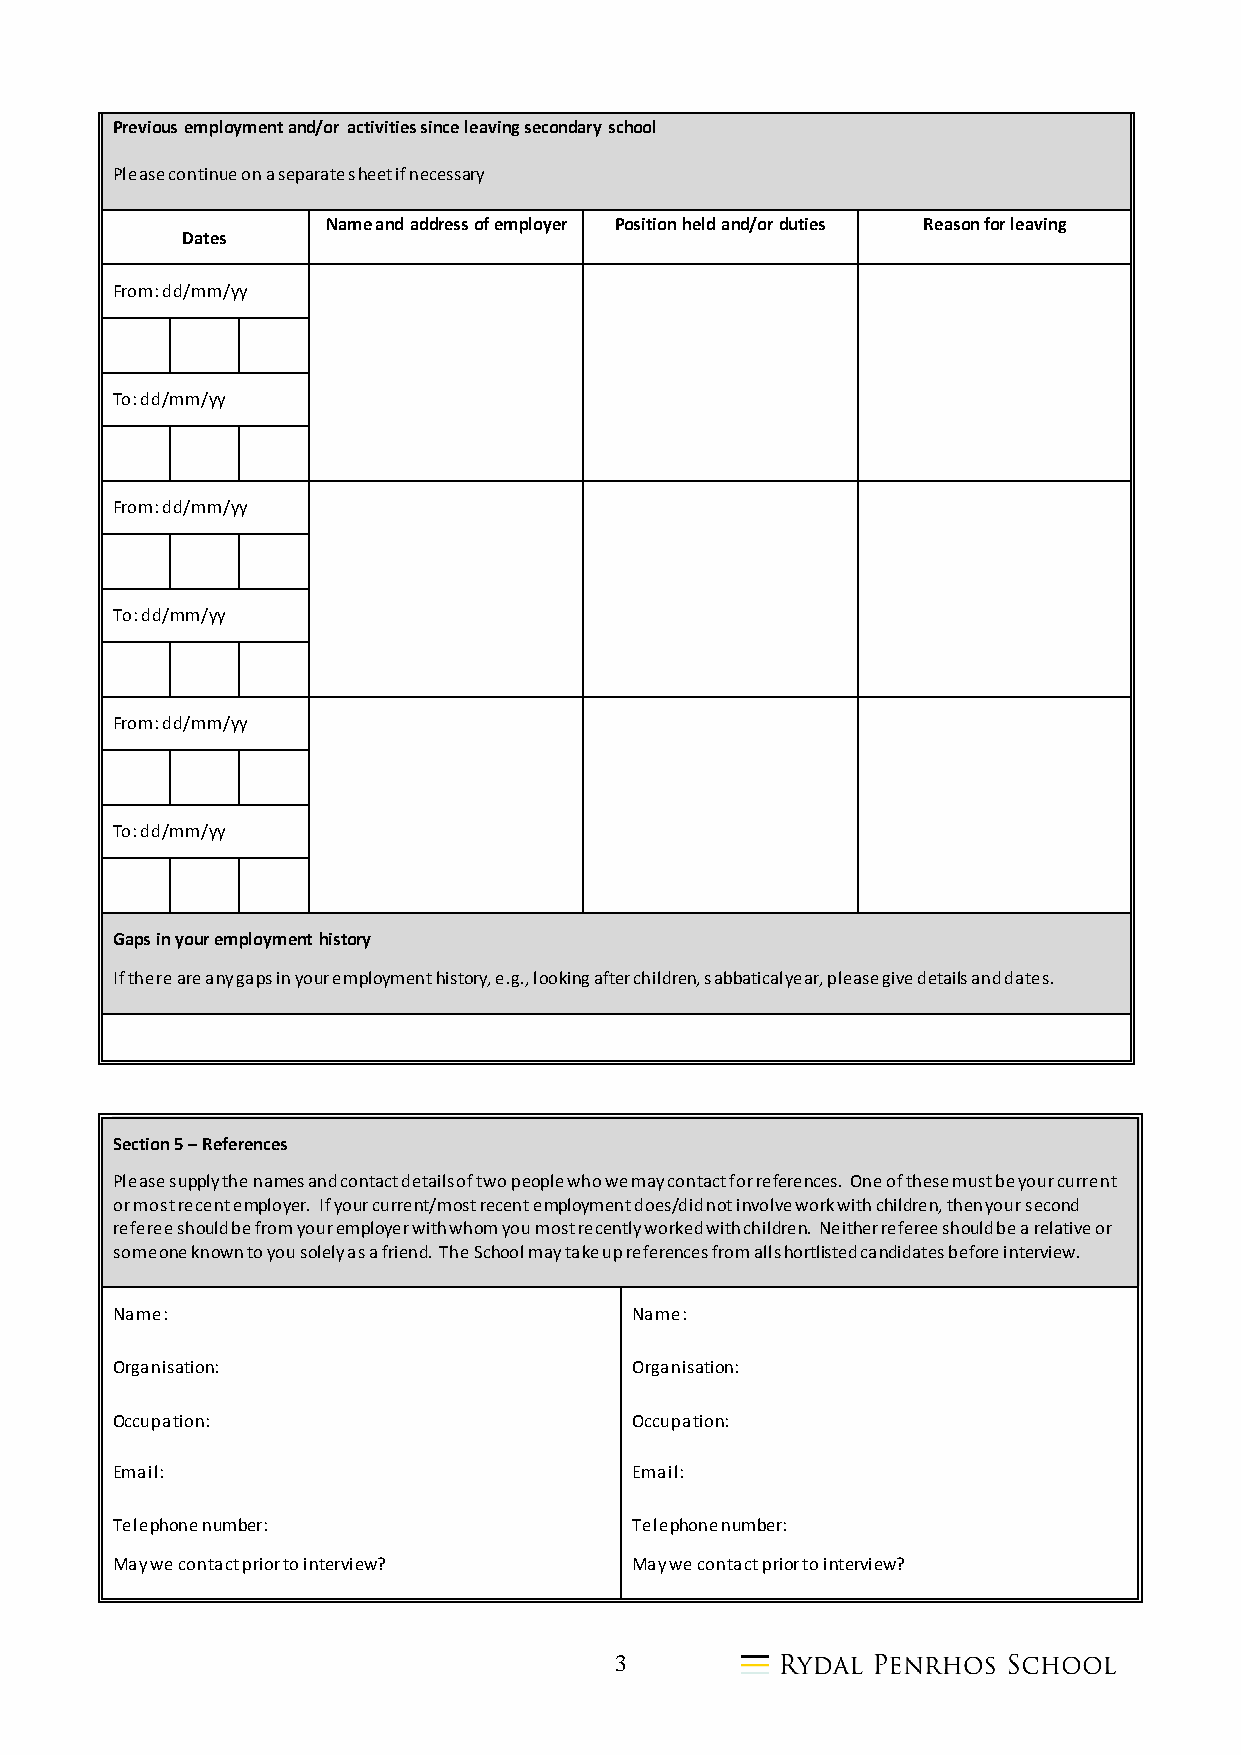
Previous employment and/or activities since leaving secondary school
 Please continue on a separate sheet if necessary
 Name and address of employer Position held and/or duties Reason for leaving
 Dates
 From: dd/mm/yy
 To: dd/mm/yy
 From: dd/mm/yy
 To: dd/mm/yy
 From: dd/mm/yy
 To: dd/mm/yy
 Gaps in your employment history
 If there are any gaps in your employment history, e.g., looking after children, sabbatical year, please give details and dates.
 Section 5 – References
 Please supply the names and contact details of two people who we may contact for references. One of these must be your current
 or most recent employer. If your current/most recent employment does/did not involve work with children, then your second
 referee should be from your employer with whom you most recently worked with children. Neither referee should be a relative or
 someone known to you solely as a friend. The School may take up references from all shortlisted candidates before interview.
 Name:                              Name:
 Organisation:                      Organisation:
 Occupation:                        Occupation:
 Email:                             Email:
 Telephone number:                  Telephone number:
 May we contact prior to interview? May we contact prior to interview?
 3